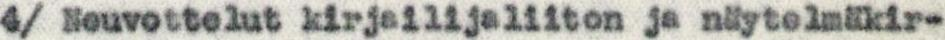
4/ Neuvottelut kirjailijaliiton ja näytelmäkir-